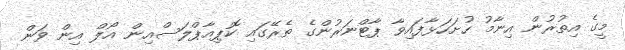
މީގެ އިތުރުން އިނާމު ހުށަހަޅާފައިވާ ޕާޓްނަރުންގެ ތެރޭގައި ކޮޕިއާޕްލަސްއިން އޯލް އިން ވަން